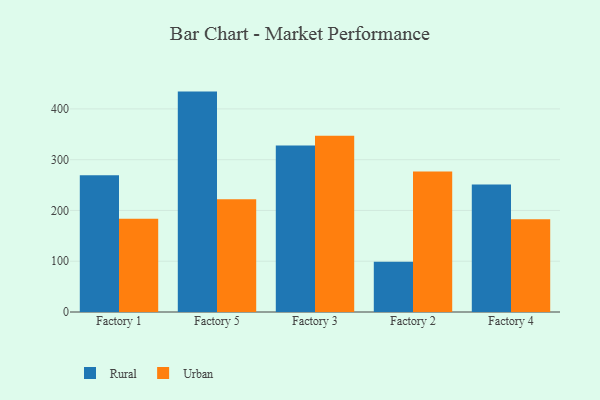
{"axis": {"x": "Factory", "y": "Gross Profit (USD K)"}, "legend": ["Rural", "Urban"], "data": [{"x": "Factory 1", "y": 269.5, "type": "Rural"}, {"x": "Factory 1", "y": 183.8, "type": "Urban"}, {"x": "Factory 5", "y": 434.1, "type": "Rural"}, {"x": "Factory 5", "y": 222.0, "type": "Urban"}, {"x": "Factory 3", "y": 328.0, "type": "Rural"}, {"x": "Factory 3", "y": 347.1, "type": "Urban"}, {"x": "Factory 2", "y": 98.8, "type": "Rural"}, {"x": "Factory 2", "y": 276.6, "type": "Urban"}, {"x": "Factory 4", "y": 251.1, "type": "Rural"}, {"x": "Factory 4", "y": 182.8, "type": "Urban"}]}